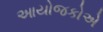
આયોજકોએ